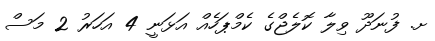
ށ. ފުނަދޫ ވިލާ ކޮލެޖްގެ ކެމްޕަހެއް އަޅަނީ 4 އަހަރު 2 މަސް